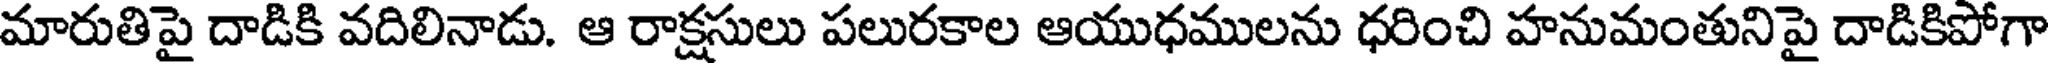
మారుతిపై దాడికి వదిలినాడు. ఆ రాక్షసులు పలురకాల ఆయుధములను ధరించి హనుమంతునిపై దాడికిపోగా